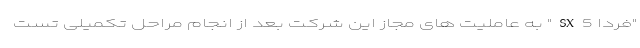
"فردا SX5" به عاملیت های مجاز این شرکت بعد از انجام مراحل تکمیلی تست